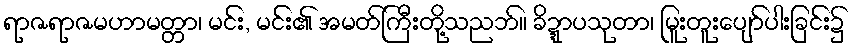
ရာဇရာဇမဟာမတ္တာ၊ မင်း, မင်း၏ အမတ်ကြီးတို့သညဘ်။ ခိဍ္ဍာပသုတာ၊ မြူးတူးပျော်ပါးခြင်း၌